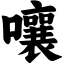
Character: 嚷